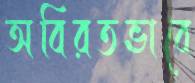
অবিরতভাবে